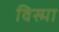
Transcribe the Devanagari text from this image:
विस्मा